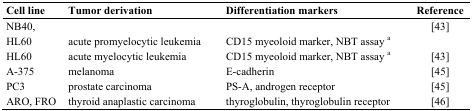
| Cell line | Tumor derivation | Differentiation markers | Reference |
 | --- | --- | --- | --- |
 | NB40, HL60 | acute promyelocytic leukemia | CD15 myeoloid marker, NBT assay a | [43] |
 | HL60 | acute myelocytic leukemia | CD15 myeoloid marker, NBT assay a | [43] |
 | A-375 | melanoma | E-cadherin | [45] |
 | PC3 | prostate carcinoma | PS-A, androgen receptor | [45] |
 | ARO, FRO | thyroid anaplastic carcinoma | thyroglobulin, thyroglobulin receptor | [46] |